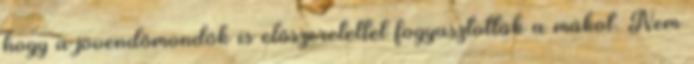
hogy a jövendőmondók is előszeretettel fogyasztották a mákot. Nem